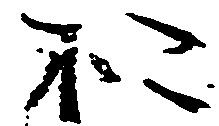
お